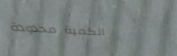
الكمية محدودة